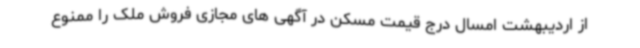
از اردیبهشت امسال درج قیمت مسکن در آگهی های مجازی فروش ملک را ممنوع